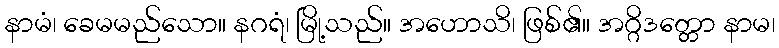
နာမံ၊ ခေမမည်သော။ နဂရံ၊ မြို့သည်။ အဟောသိ၊ ဖြစ်၏။ အဂ္ဂိဒတ္တော နာမ၊